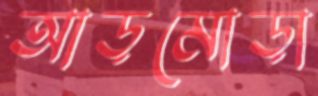
আড়মোড়া